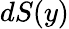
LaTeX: dS(y)